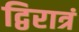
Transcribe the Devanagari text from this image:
द्विरात्रं